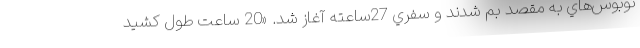
توبوس‌هاي به مقصد بم شدند و سفري 27ساعته آغاز شد. «20 ساعت طول كشيد